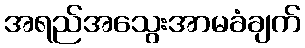
အရည်အသွေးအာမခံချက်